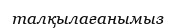
талқылағанымыз